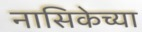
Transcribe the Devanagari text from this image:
नासिकेच्या